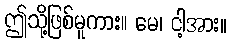
ဤသို့ဖြစ်မူကား။ မေ၊ ငါ့အား။